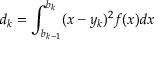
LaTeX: d _ { k } = \int _ { b _ { k - 1 } } ^ { b _ { k } } ( x - y _ { k } ) ^ { 2 } f ( x ) d x